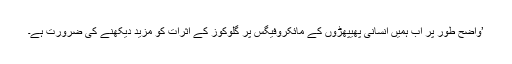
’واضح طور پر اب ہمیں انسانی پھیپھڑوں کے مائکروفیگس پر گلوکوز کے اثرات کو مزید دیکھنے کی ضرورت ہے۔